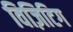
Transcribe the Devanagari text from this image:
विज़िटिग